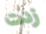
زدت